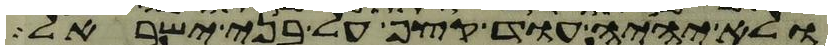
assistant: ולא יהיה עוד קצף על בני ישראל